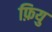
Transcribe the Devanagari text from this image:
फ़ियु